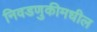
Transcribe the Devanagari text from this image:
निवडणुकीमधील